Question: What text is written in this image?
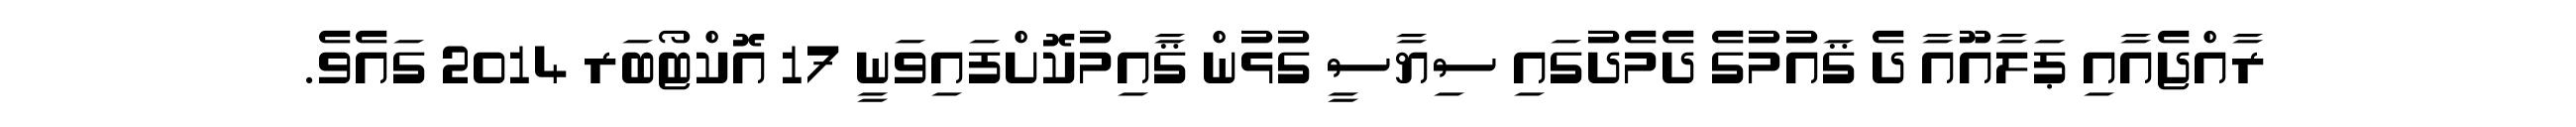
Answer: ރާއްޖެއާއި ޕަލާއޫއާ ދެ ޤައުމުގެ ދެމެދުގައި ސިޔާސީ ގުޅުން ޤާއިމުކޮށްފައިވަނީ 17 އޮކްޓޯބަރ 2014 ގައެވެ.